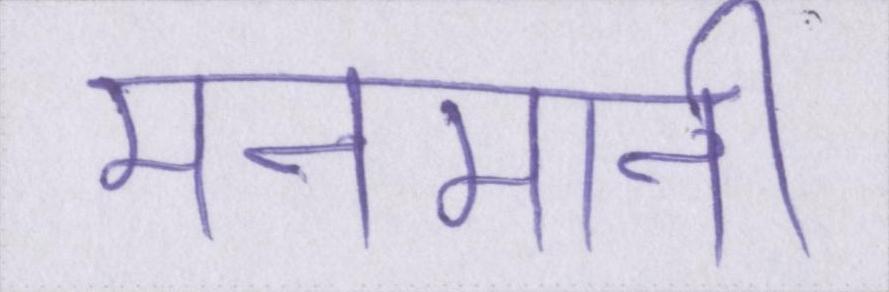
मनमानी